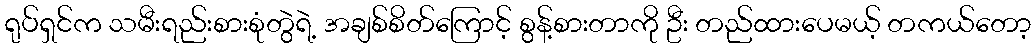
ရုပ်ရှင်က သမီးရည်းစားစုံတွဲရဲ့ အချစ်စိတ်ကြောင့် စွန့်စားတာကို ဦး တည်ထားပေမယ့် တကယ်တော့